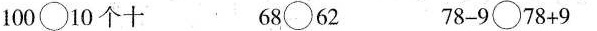
100 \bigcirc 10个十 68 \bigcirc 62 78-9 \bigcirc 78+9。